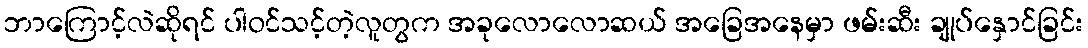
ဘာကြောင့်လဲဆိုရင် ပါဝင်သင့်တဲ့လူတွက အခုလောလောဆယ် အခြေအနေမှာ ဖမ်းဆီး ချုပ်နှောင်ခြင်း